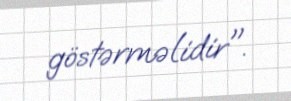
göstərməlidir".